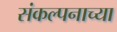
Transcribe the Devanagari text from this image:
संकल्पनाच्या